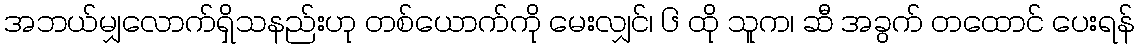
အဘယ်မျှလောက်ရှိသနည်းဟု တစ်ယောက်ကို မေးလျှင်၊ ၆ ထို သူက၊ ဆီ အခွက် တထောင် ပေးရန်